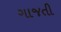
ગાજતી